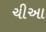
ચીઆ